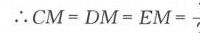
\(\therefore CM = DM = EM=\frac{?}{?}\)